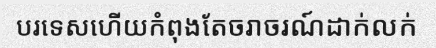
បរទេសហើយកំពុងតែចរាចរណ៍ដាក់លក់